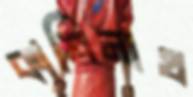
কাশিনাথ